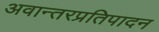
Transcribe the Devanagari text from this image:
अवान्तरप्रतिपादन